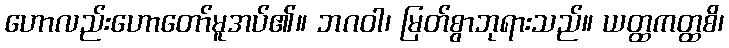
ဟောလည်းဟောတော်မူအပ်၏။ ဘဂဝါ၊ မြတ်စွာဘုရားသည်။ ယတ္ထကတ္ထစိ၊